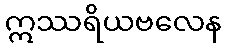
ဣဿရိယဗလေန